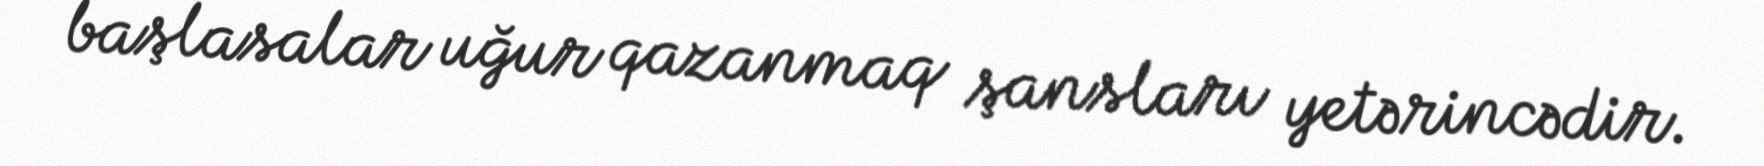
başlasalar uğur qazanmaq şansları yetərincədir.